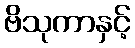
ဗိသုကာနှင့်